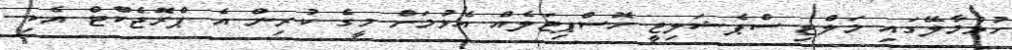
ހުޅުމާލޭގައި މަލްޓި ސްޕެޝަލިޓީ ހޮސްޕިޓަލެއް އެޅުމަށް މީގެ ކުރިން އެ ޕްރޮޖެކްޓް އެކި